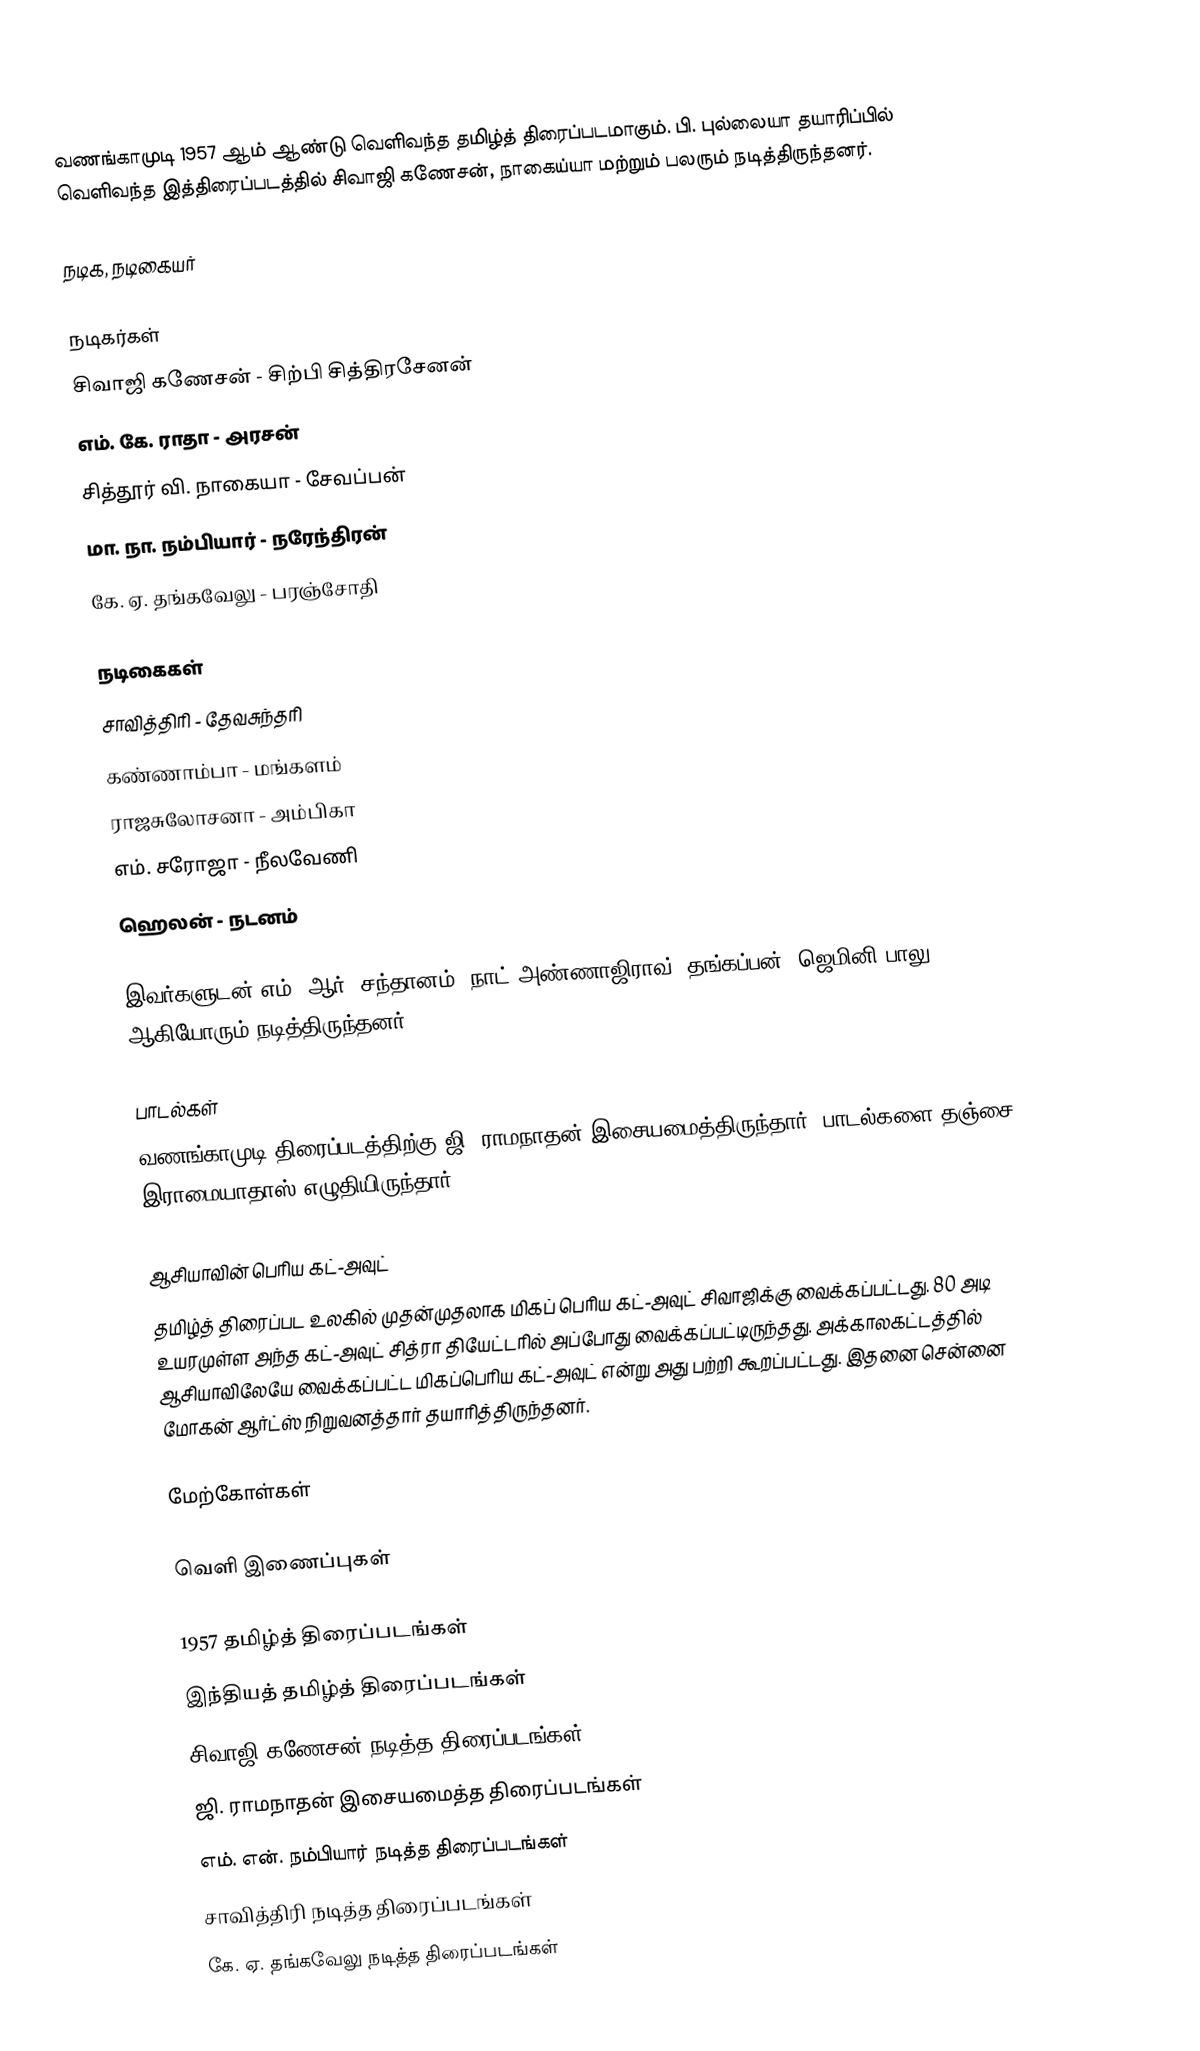
வணங்காமுடி 1957 ஆம் ஆண்டு வெளிவந்த தமிழ்த் திரைப்படமாகும். பி. புல்லையா தயாரிப்பில் வெளிவந்த இத்திரைப்படத்தில் சிவாஜி கணேசன், நாகைய்யா மற்றும் பலரும் நடித்திருந்தனர்.

நடிக, நடிகையர்

நடிகர்கள்
 சிவாஜி கணேசன் - சிற்பி சித்திரசேனன்
 எம். கே. ராதா - அரசன்
 சித்தூர் வி. நாகையா - சேவப்பன்
 மா. நா. நம்பியார் - நரேந்திரன்
 கே. ஏ. தங்கவேலு - பரஞ்சோதி

நடிகைகள்
சாவித்திரி - தேவசுந்தரி
கண்ணாம்பா - மங்களம்
ராஜசுலோசனா - அம்பிகா
எம். சரோஜா - நீலவேணி
ஹெலன் - நடனம்

இவர்களுடன் எம். ஆர். சந்தானம், நாட் அண்ணாஜிராவ், தங்கப்பன், ஜெமினி பாலு ஆகியோரும் நடித்திருந்தனர்.

பாடல்கள்
வணங்காமுடி திரைப்படத்திற்கு ஜி. ராமநாதன் இசையமைத்திருந்தார், பாடல்களை தஞ்சை இராமையாதாஸ் எழுதியிருந்தார்.

ஆசியாவின் பெரிய கட்-அவுட்
தமிழ்த் திரைப்பட உலகில் முதன்முதலாக மிகப் பெரிய கட்-அவுட் சிவாஜிக்கு வைக்கப்பட்டது. 80 அடி உயரமுள்ள அந்த கட்-அவுட் சித்ரா தியேட்டரில் அப்போது வைக்கப்பட்டிருந்தது. அக்காலகட்டத்தில் ஆசியாவிலேயே வைக்கப்பட்ட மிகப்பெரிய கட்-அவுட் என்று அது பற்றி கூறப்பட்டது. இதனை சென்னை மோகன் ஆர்ட்ஸ் நிறுவனத்தார் தயாரித்திருந்தனர்.

மேற்கோள்கள்

வெளி இணைப்புகள்

1957 தமிழ்த் திரைப்படங்கள்
இந்தியத் தமிழ்த் திரைப்படங்கள்
சிவாஜி கணேசன் நடித்த திரைப்படங்கள்
ஜி. ராமநாதன் இசையமைத்த திரைப்படங்கள்
எம். என். நம்பியார் நடித்த திரைப்படங்கள்
சாவித்திரி நடித்த திரைப்படங்கள்
கே. ஏ. தங்கவேலு நடித்த திரைப்படங்கள்